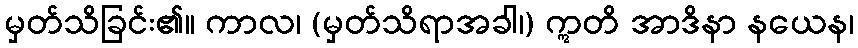
မှတ်သိခြင်း၏။ ကာလ၊ (မှတ်သိရာအခါ၊) ဣတိ အာဒိနာ နယေန၊